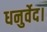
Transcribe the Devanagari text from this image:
धनुर्वेद।